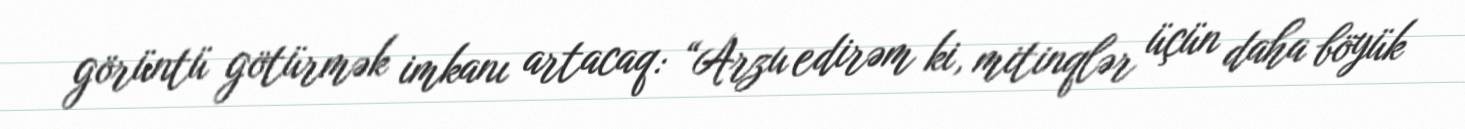
görüntü götürmək imkanı artacaq: “Arzu edirəm ki, mitinqlər üçün daha böyük